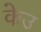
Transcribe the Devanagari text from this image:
केउ